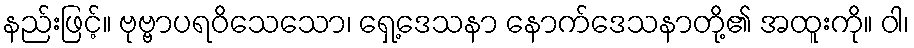
နည်းဖြင့်။ ဗုဗ္ဗာပရဝိသေသော၊ ရှေ့ဒေသနာ နောက်ဒေသနာတို့၏ အထူးကို။ ဝါ၊